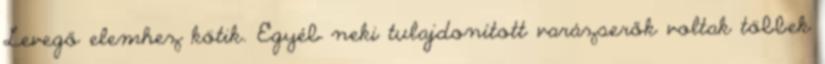
Levegő elemhez kötik. Egyéb neki tulajdonított varázserők voltak többek